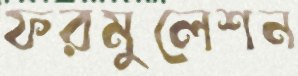
ফরমুলেশন